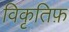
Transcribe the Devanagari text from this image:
विकृतिफ़